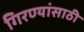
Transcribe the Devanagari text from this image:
गिरण्यांसाठी